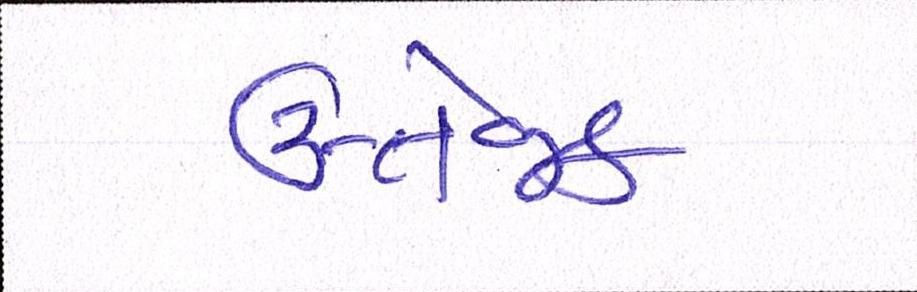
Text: ઉત્તેજક